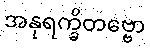
အနုရက္ခိတဗ္ဗော